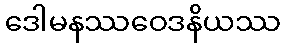
ဒေါမနဿဝေဒနိယဿ